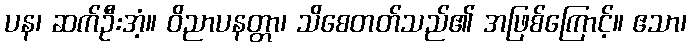
ပန၊ ဆက်ဦးအံ့။ ဝိညာပနတ္တာ၊ သိစေတတ်သည်၏ အဖြစ်ကြောင့်။ ဧသာ၊